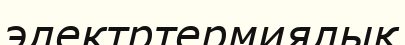
электртермиялық